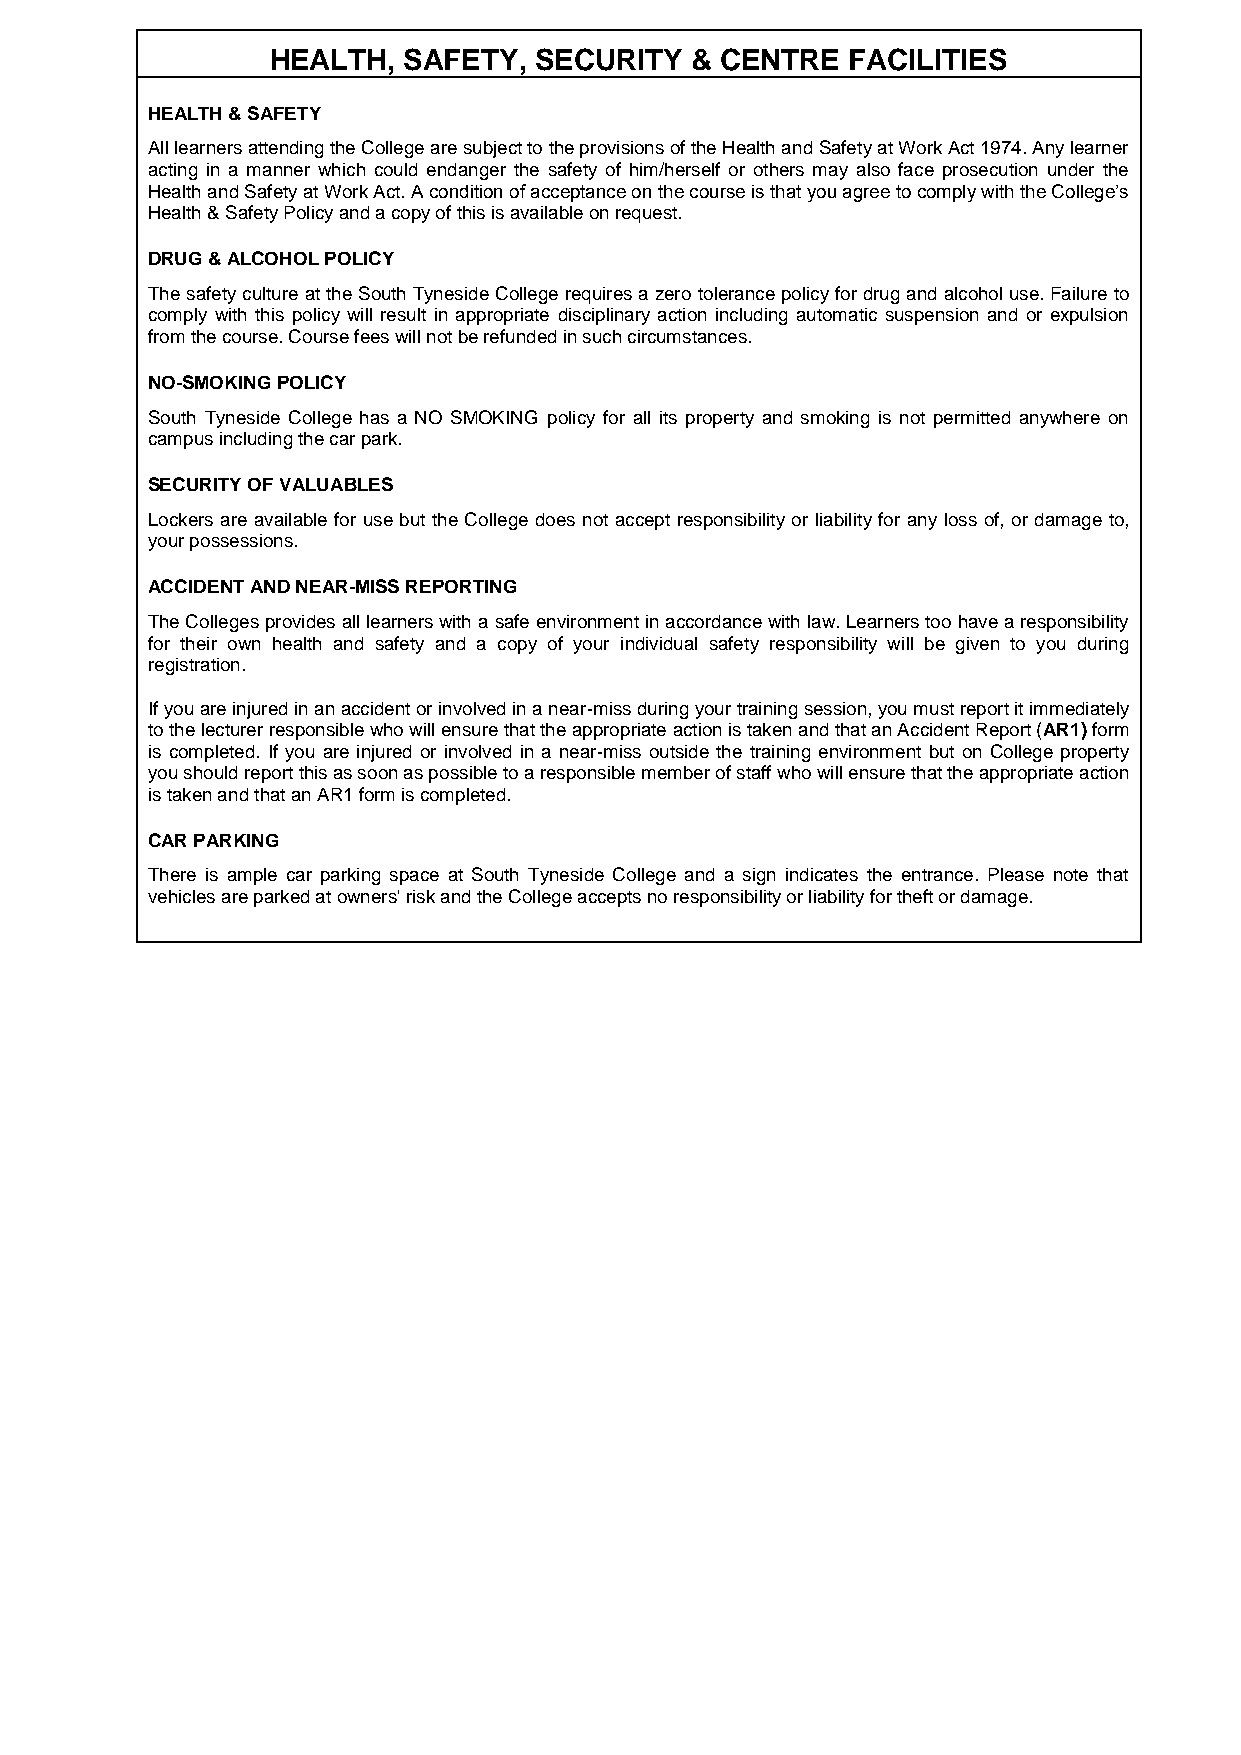
HEALTH,  SAFETY, SECURITY   & CENTRE  FACILITIES
 HEALTH & SAFETY
 All learners attending the College are subject to the provisions of the Health and Safety at Work Act 1974. Any learner
 acting in a manner which could endanger the safety of him/herself or others may also face prosecution under the
 Health and Safety at Work Act. A condition of acceptance on the course is that you agree to comply with the College’s
 Health & Safety Policy and a copy of this is available on request.
 DRUG & ALCOHOL POLICY
 The safety culture at the South Tyneside College requires a zero tolerance policy for drug and alcohol use. Failure to
 comply with this policy will result in appropriate disciplinary action including automatic suspension and or expulsion
 from the course. Course fees will not be refunded in such circumstances.
 NO-SMOKING POLICY
 South Tyneside College has a NO SMOKING policy for all its property and smoking is not permitted anywhere on
 campus including the car park.
 SECURITY OF VALUABLES
 Lockers are available for use but the College does not accept responsibility or liability for any loss of, or damage to,
 your possessions.
 ACCIDENT AND NEAR-MISS REPORTING
 The Colleges provides all learners with a safe environment in accordance with law. Learners too have a responsibility
 for their own health and safety and a copy of your individual safety responsibility will be given to you during
 registration.
 If you are injured in an accident or involved in a near-miss during your training session, you must report it immediately
 to the lecturer responsible who will ensure that the appropriate action is taken and that an Accident Report (AR1) form
 is completed. If you are injured or involved in a near-miss outside the training environment but on College property
 you should report this as soon as possible to a responsible member of staff who will ensure that the appropriate action
 is taken and that an AR1 form is completed.
 CAR PARKING
 There is ample car parking space at South Tyneside College and a sign indicates the entrance. Please note that
 vehicles are parked at owners' risk and the College accepts no responsibility or liability for theft or damage.